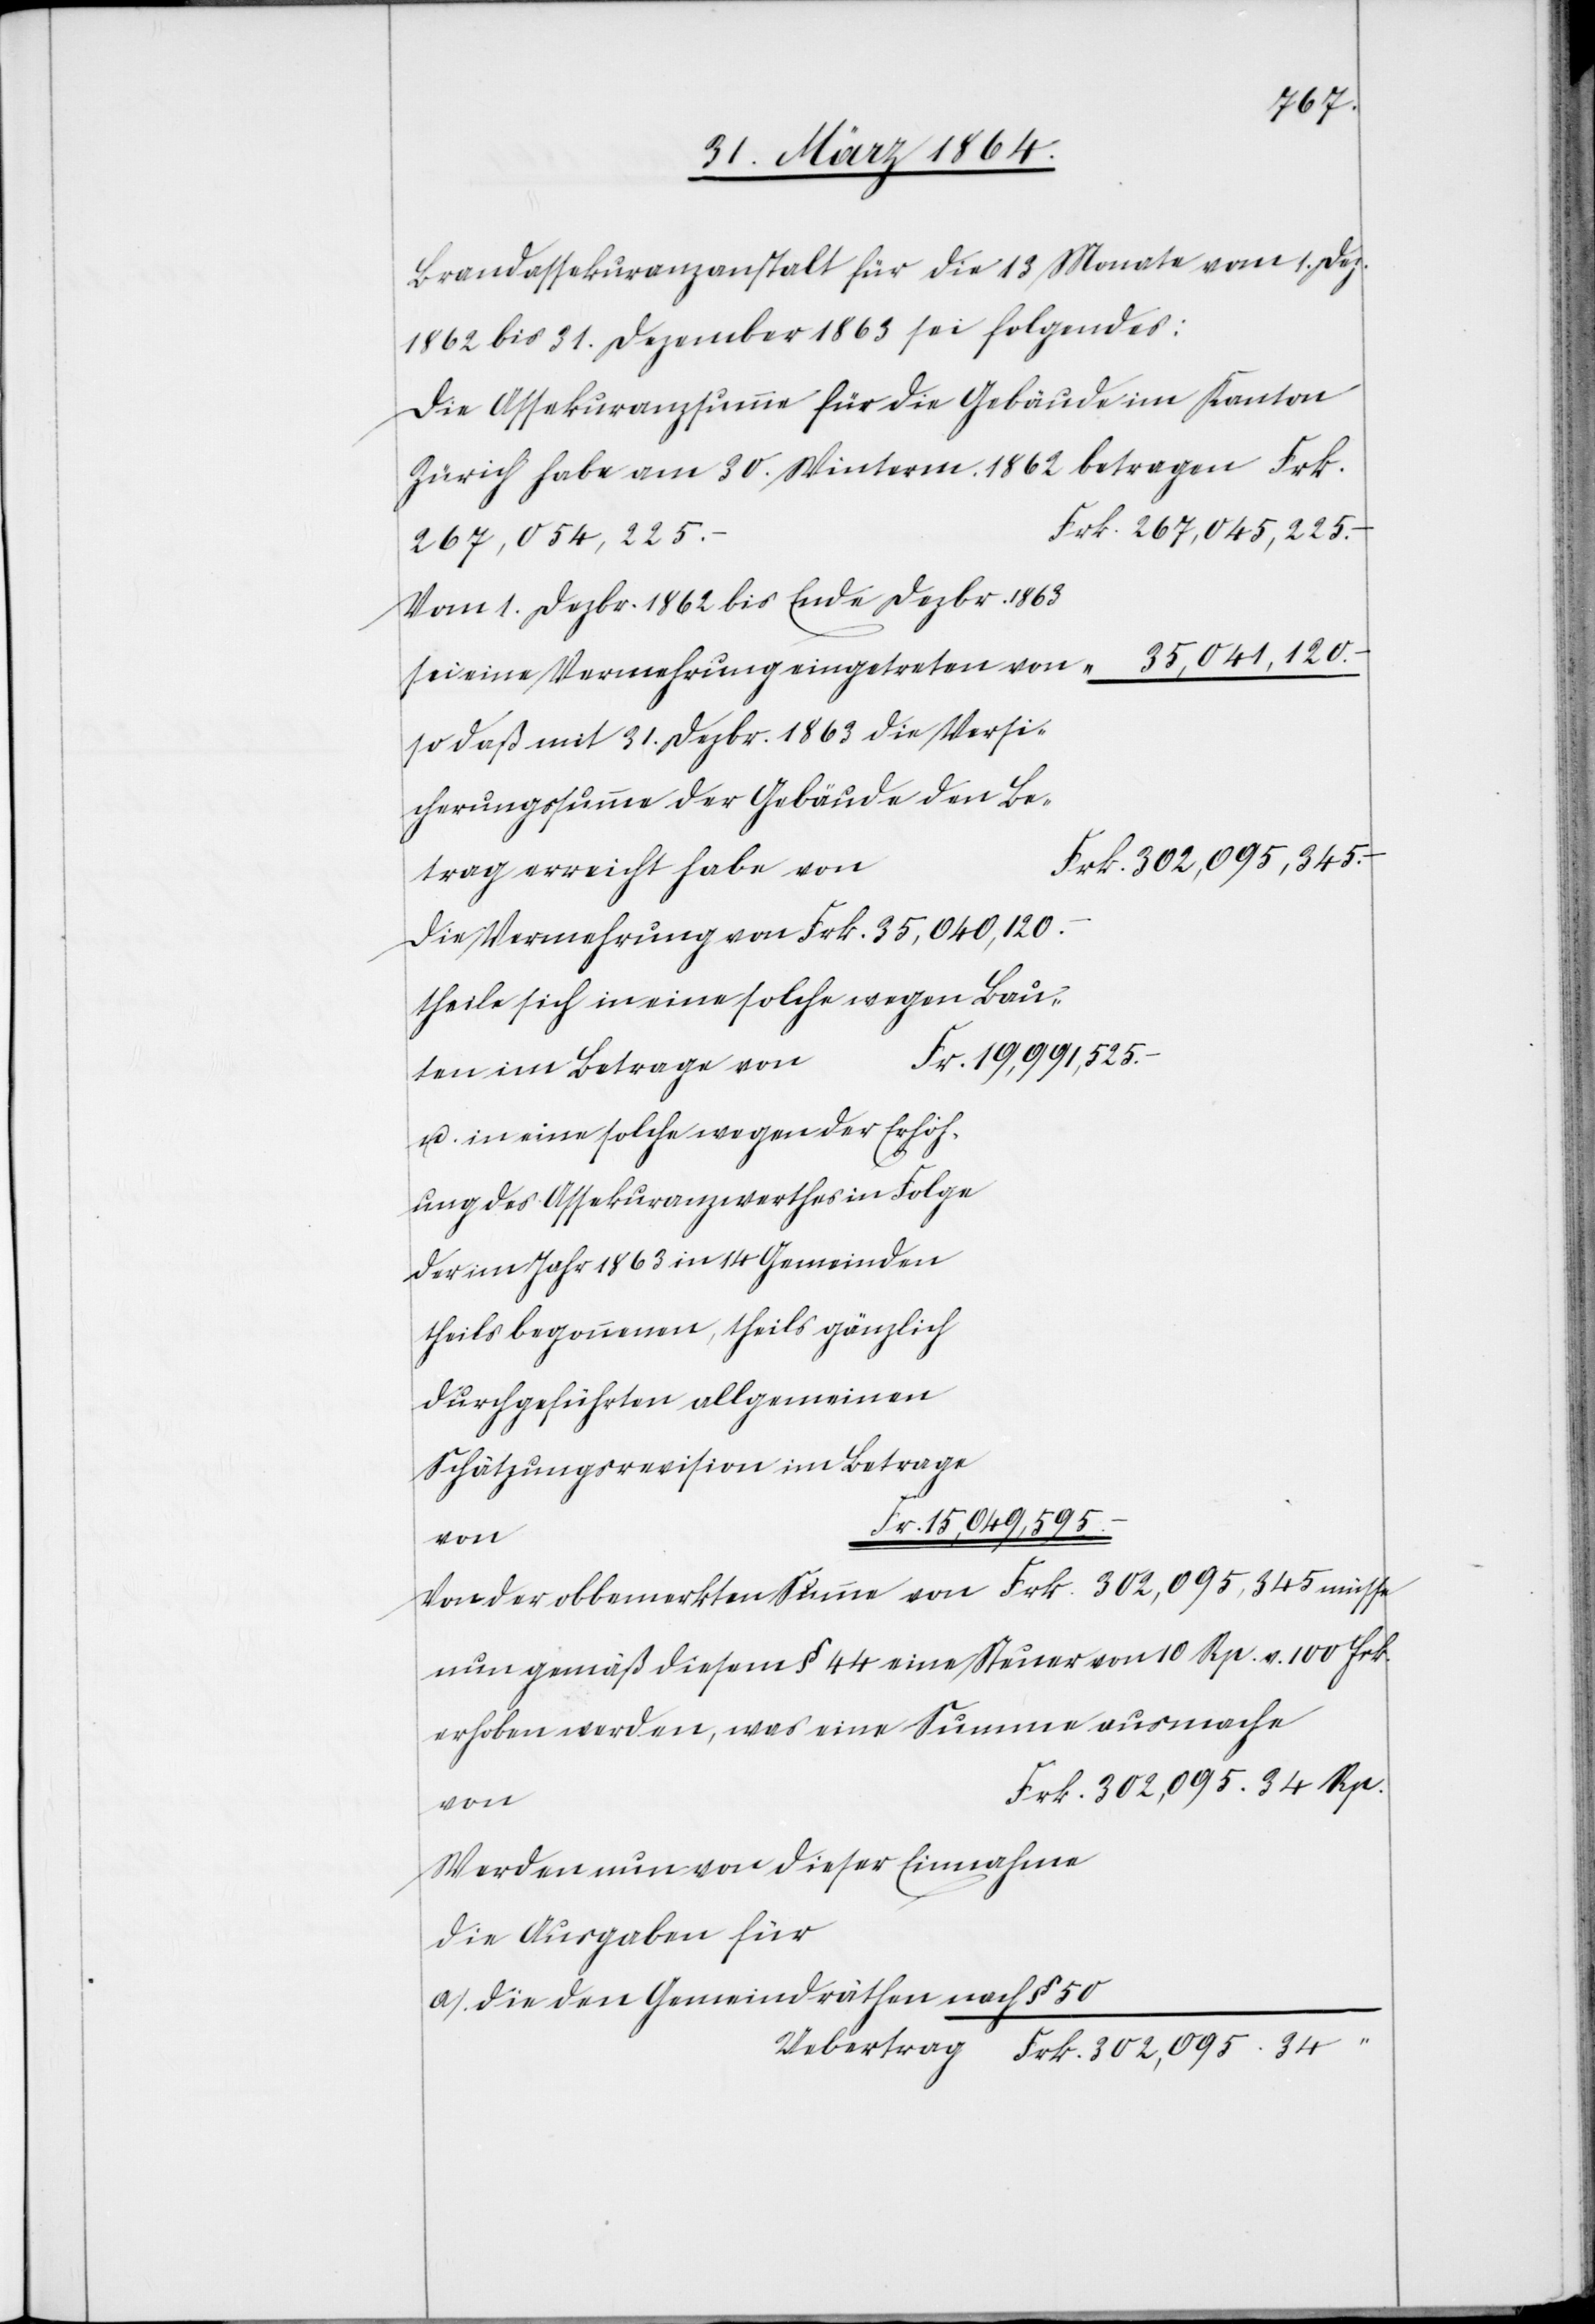
Brandassekuranzanstalt für die 13 Monate vom 1. Dez.
1862 bis 31. Dezember 1863 sei folgendes:
Die Assekuranzsumme für die Gebäude im Kanton
Zürich habe am 30. Winterm. 1862 betragen Frk.
267,045,225.–
Vom 1. Dezbr. 1862 bis Ende Dezbr. 1863
sei eine Vermehrung eingetreten vo¬
so daß mit 31. Dezbr. 1863 die Versi¬
cherungssumme der Gebäude den Be¬
rk. 302,095,345.–
trag erreicht habe vo¬
Die Vermehrung von Frk. 35,040,120.–
theile sich in eine solche wegen Bau¬
Fr. 19,991,525.–
ten im Betrage von
u. in eine solche wegen der Erhöh¬
ung des Assekuranzwerthes in Folge
der im Jahr 1863 in 14 Gemeinden
theils begonnenen, theils gänzlich
durchgeführten allgemeinen
Schätzungsrevision im Betrage
Von der obbemerkten Summe von Frk. 302,095,345 müsse
nun gemäß diesem § 44 eine Steuer von 10 Rp. v. 100 Frk.
erhoben werden, was eine Summe ausmache
Frk. 302,095.34 Rp.
von
Werden nun von dieser Einnahme
die Ausgaben für
a). die den Gemeindräthen nach § 50